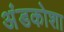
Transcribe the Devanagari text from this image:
अंडकोशा